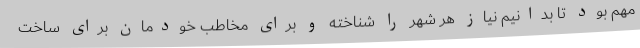
مهم بود تا بدانیم نیاز هر شهر را شناخته و برای مخاطب خودمان برای ساخت